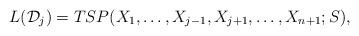
LaTeX: \begin{align*}L({\cal D}_j) = TSP(X_1,\ldots,X_{j-1},X_{j+1},\ldots,X_{n+1};S),\end{align*}